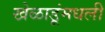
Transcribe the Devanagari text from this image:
खेळाडूंमधली